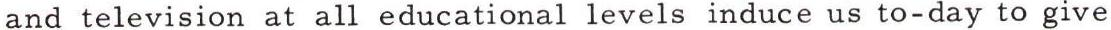
and television at all educational levels induce us to-day to give